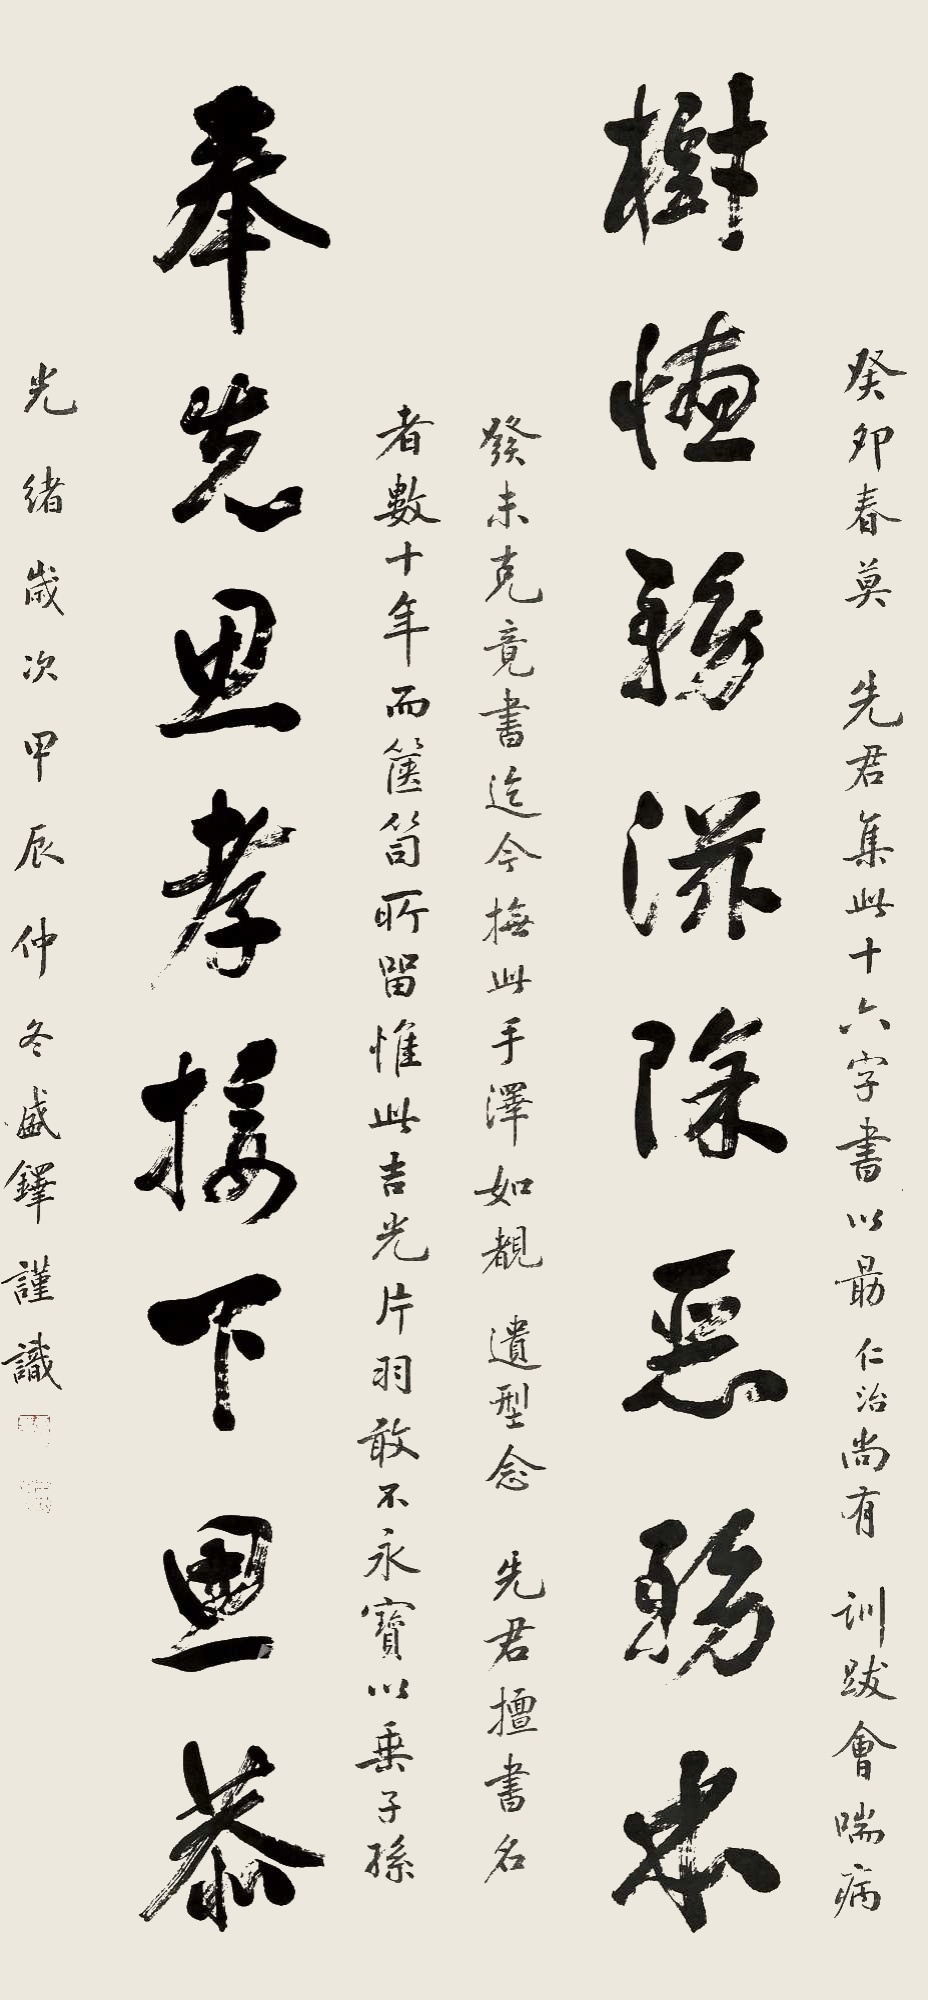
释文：树德务滋除恶务本，奉先思孝接下思恭。癸卯春莫，先君集此十六字书，以朂仁治尚有训跋，会喘病发，未克竟书。迄今抚此手泽，如覩遗型。念先君擅书名数十年而箧笥所留惟此吉光片羽，敢不永宝以垂子孙。光绪岁次甲辰仲冬，盛铎谨识。